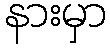
နားမှာ